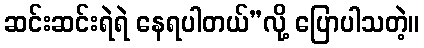
ဆင်းဆင်းရဲရဲ နေရပါတယ်”လို့ ပြောပါသတဲ့။